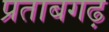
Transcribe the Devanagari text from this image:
प्रताबगढ़